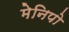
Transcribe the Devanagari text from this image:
मेनिपो